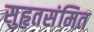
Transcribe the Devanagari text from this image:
सुहृतसंमित